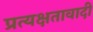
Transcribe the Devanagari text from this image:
प्रत्यक्षतावादी